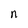
Character: n